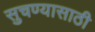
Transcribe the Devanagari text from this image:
सुचण्यासाठी